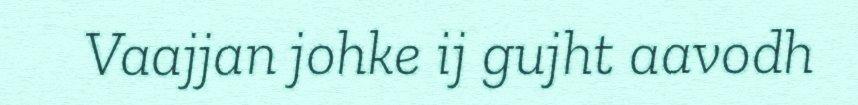
Vaajjan johke ij gujht aavodh